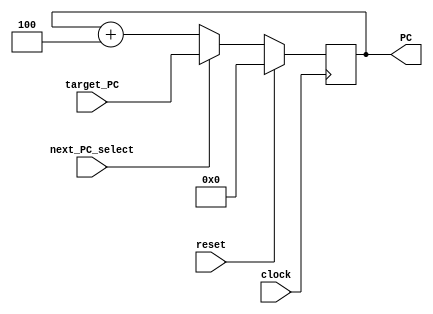
// Name: Nadim El Helou, Karim Khalil
// BU ID: U36258772, U35935771
// EC413 Project: Fetch Module

`timescale 1ns / 1ps

module fetch #(
  parameter ADDRESS_BITS = 16
) (
  input  clock,
  input  reset,
  input  next_PC_select,
  input  [ADDRESS_BITS-1:0] target_PC,
  output [ADDRESS_BITS-1:0] PC
);

reg [ADDRESS_BITS-1:0] PC_reg;

assign PC = PC_reg;

/******************************************************************************
*                      Start Your Code Here
******************************************************************************/
always @(posedge clock) begin
    if (reset == 1)
        PC_reg <= 16'b0;
    else if (next_PC_select == 0)
        PC_reg <= PC_reg + 16'b0000000000000100;
    else if (next_PC_select == 1)
        PC_reg <= target_PC;
end

endmodule